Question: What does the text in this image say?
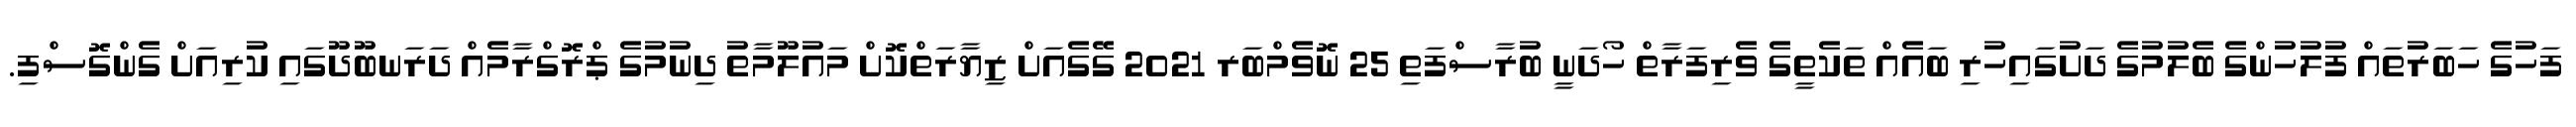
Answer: ފަހުގެ ހަބަރުތައް ފުލުހުންގެ ބެލުމުގެ ދަށުގައިހުރި ބައެއް ތަކެތީގެ ވެރިފަރާތް ހޯދަނީ ބުރާސްފަތި 25 ނޮވެމްބަރ 2021 ގޭގެއަށް ޒިޔާރަތްކޮށް މައުލޫމާތު ދިނުމުގެ ޕްރޮގްރާމެއް ދަރަނބޫދޫގައި ކުރިއަށް ގެންގޮސްފި.